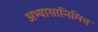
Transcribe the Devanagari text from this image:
अभ्यासानिमित्त